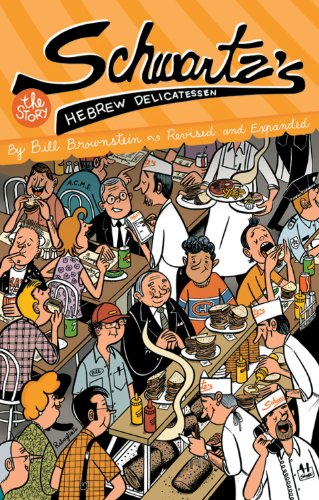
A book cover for Schwartz's Hebrew Delicatessen: The Story; Bill Brownstein; Travel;